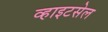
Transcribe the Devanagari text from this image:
व्हाइटसेल